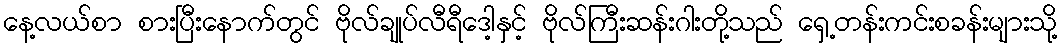
နေ့လယ်စာ စားပြီးနောက်တွင် ဗိုလ်ချုပ်လီရီဒေါ့နှင့် ဗိုလ်ကြီးဆန်းဂါးတို့သည် ရှေ့တန်းကင်းစခန်းများသို့